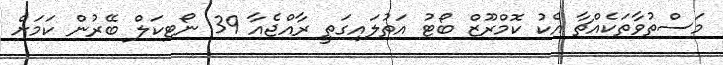
މަސްތުވާތަކެއްޗާ އެކު ކޮމްރޫޒް ބޯޓު އަތުލައިގަތީ ރާއްޖެއާ 39 ނޯޓިކަލް ބޭރުން ކަމަށް